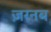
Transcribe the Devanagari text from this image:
ज़रनब